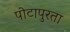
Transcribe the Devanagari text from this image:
पोटापुरता